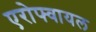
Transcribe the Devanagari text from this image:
एरोफ्वायल